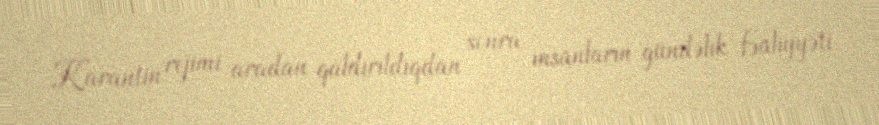
Karantin rejimi aradan qaldırıldıqdan sonra insanların gündəlik fəaliyyəti